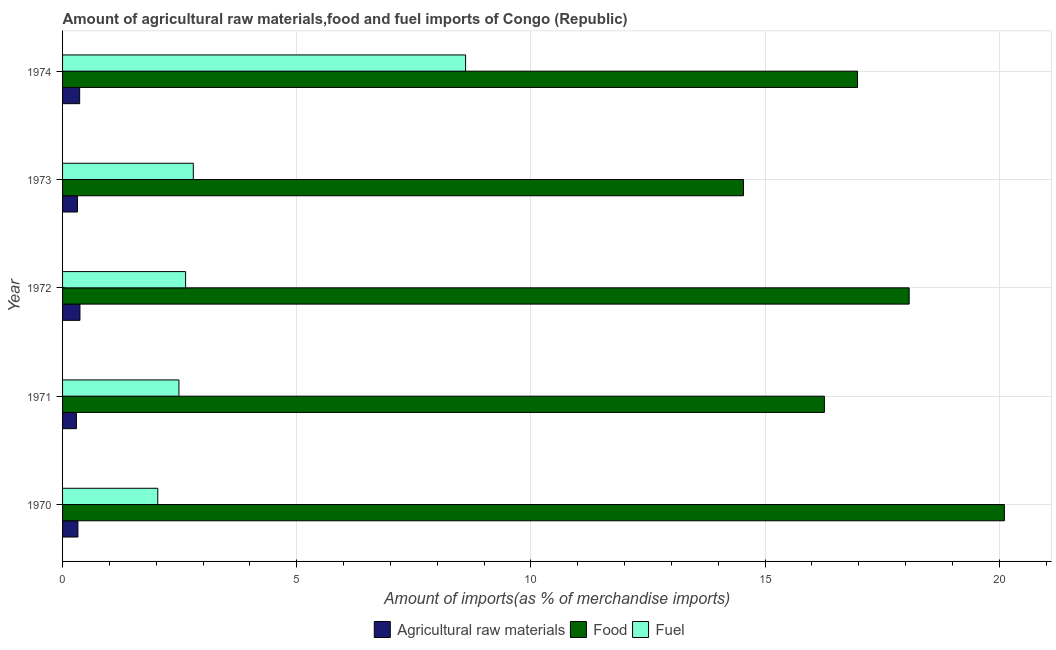
| Year | Agricultural raw materials | Food | Fuel |
 | --- | --- | --- | --- |
 | 1970 | 0.328 | 20.1 | 2.03 |
 | 1971 | 0.296 | 16.3 | 2.48 |
 | 1972 | 0.371 | 18.1 | 2.63 |
 | 1973 | 0.318 | 14.5 | 2.79 |
 | 1974 | 0.365 | 17 | 8.61 |